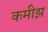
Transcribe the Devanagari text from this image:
कमीझ